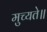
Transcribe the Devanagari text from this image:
मुच्यते॥